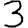
Digit: 3